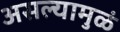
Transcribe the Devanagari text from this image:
असल्यामुळं